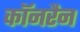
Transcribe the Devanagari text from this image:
कॉनरैन